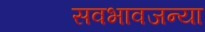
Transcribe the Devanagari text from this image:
सवभावजन्या